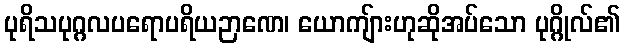
ပုရိသပုဂ္ဂလပရောပရိယဉာဏေ၊ ယောကျ်ားဟုဆိုအပ်သော ပုဂ္ဂိုလ်၏